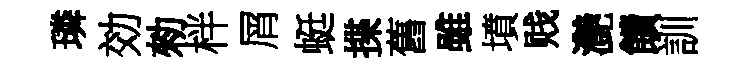
璘効勑柈屑蜓揲舊雖墳贱灔饋訓